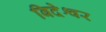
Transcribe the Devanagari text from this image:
बिदेश्वर